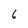
Character: 6